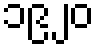
၁၉၂၀